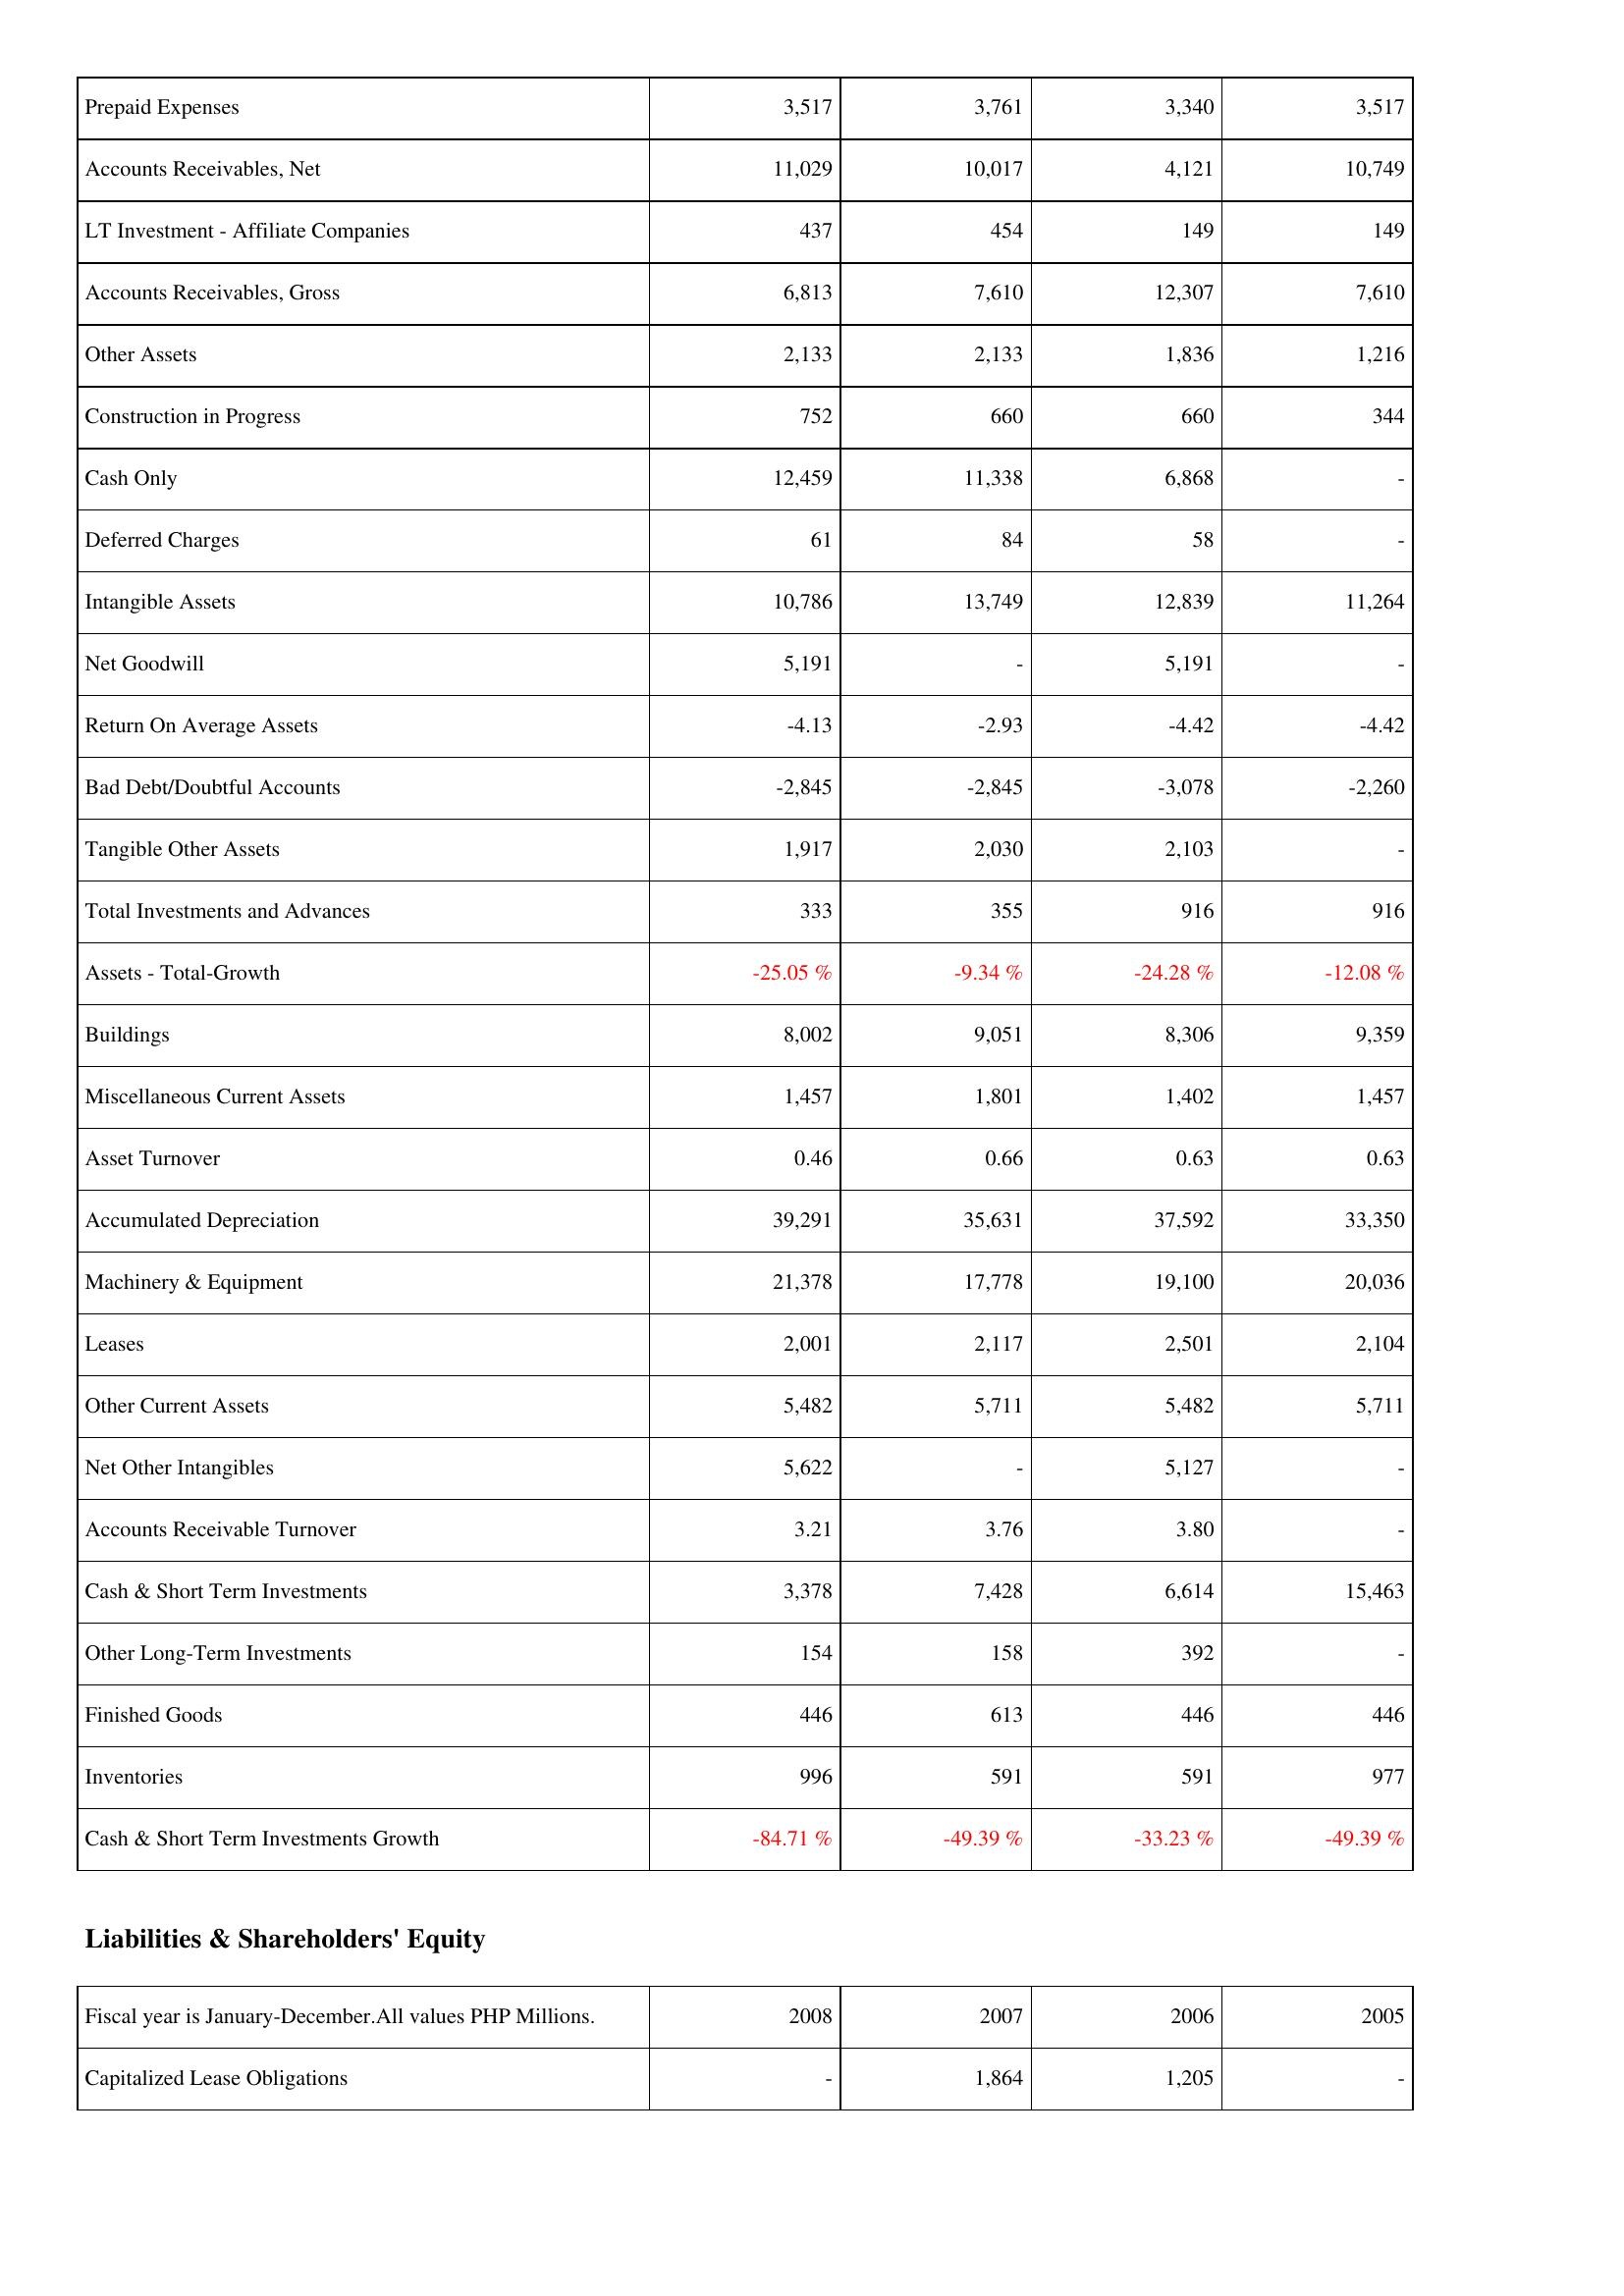
2008: Assets: Prepaid Expenses: 3,517
Accounts Receivables, Net: 11,029
LT Investment - Affiliate Companies: 437
Accounts Receivables, Gross: 6,813
Other Assets: 2,133
Construction in Progress: 752
Cash Only: 12,459
Deferred Charges: 61
Intangible Assets: 10,786
Net Goodwill: 5,191
Return On Average Assets: -4.13
Bad Debt/Doubtful Accounts: -2,845
Tangible Other Assets: 1,917
Total Investments and Advances: 333
Assets - Total-Growth: -25.05 %
Buildings: 8,002
Miscellaneous Current Assets: 1,457
Asset Turnover: 0.46
Accumulated Depreciation: 39,291
Machinery & Equipment: 21,378
Leases: 2,001
Other Current Assets: 5,482
Net Other Intangibles: 5,622
Accounts Receivable Turnover: 3.21
Cash & Short Term Investments: 3,378
Other Long-Term Investments: 154
Finished Goods: 446
Inventories: 996
Cash & Short Term Investments Growth: -84.71 %
Liabilities & Shareholders' Equity: Capitalized Lease Obligations: -
2007: Assets: Prepaid Expenses: 3,761
Accounts Receivables, Net: 10,017
LT Investment - Affiliate Companies: 454
Accounts Receivables, Gross: 7,610
Other Assets: 2,133
Construction in Progress: 660
Cash Only: 11,338
Deferred Charges: 84
Intangible Assets: 13,749
Net Goodwill: -
Return On Average Assets: -2.93
Bad Debt/Doubtful Accounts: -2,845
Tangible Other Assets: 2,030
Total Investments and Advances: 355
Assets - Total-Growth: -9.34 %
Buildings: 9,051
Miscellaneous Current Assets: 1,801
Asset Turnover: 0.66
Accumulated Depreciation: 35,631
Machinery & Equipment: 17,778
Leases: 2,117
Other Current Assets: 5,711
Net Other Intangibles: -
Accounts Receivable Turnover: 3.76
Cash & Short Term Investments: 7,428
Other Long-Term Investments: 158
Finished Goods: 613
Inventories: 591
Cash & Short Term Investments Growth: -49.39 %
Liabilities & Shareholders' Equity: Capitalized Lease Obligations: 1,864
2006: Assets: Prepaid Expenses: 3,340
Accounts Receivables, Net: 4,121
LT Investment - Affiliate Companies: 149
Accounts Receivables, Gross: 12,307
Other Assets: 1,836
Construction in Progress: 660
Cash Only: 6,868
Deferred Charges: 58
Intangible Assets: 12,839
Net Goodwill: 5,191
Return On Average Assets: -4.42
Bad Debt/Doubtful Accounts: -3,078
Tangible Other Assets: 2,103
Total Investments and Advances: 916
Assets - Total-Growth: -24.28 %
Buildings: 8,306
Miscellaneous Current Assets: 1,402
Asset Turnover: 0.63
Accumulated Depreciation: 37,592
Machinery & Equipment: 19,100
Leases: 2,501
Other Current Assets: 5,482
Net Other Intangibles: 5,127
Accounts Receivable Turnover: 3.80
Cash & Short Term Investments: 6,614
Other Long-Term Investments: 392
Finished Goods: 446
Inventories: 591
Cash & Short Term Investments Growth: -33.23 %
Liabilities & Shareholders' Equity: Capitalized Lease Obligations: 1,205
2005: Assets: Prepaid Expenses: 3,517
Accounts Receivables, Net: 10,749
LT Investment - Affiliate Companies: 149
Accounts Receivables, Gross: 7,610
Other Assets: 1,216
Construction in Progress: 344
Cash Only: -
Deferred Charges: -
Intangible Assets: 11,264
Net Goodwill: -
Return On Average Assets: -4.42
Bad Debt/Doubtful Accounts: -2,260
Tangible Other Assets: -
Total Investments and Advances: 916
Assets - Total-Growth: -12.08 %
Buildings: 9,359
Miscellaneous Current Assets: 1,457
Asset Turnover: 0.63
Accumulated Depreciation: 33,350
Machinery & Equipment: 20,036
Leases: 2,104
Other Current Assets: 5,711
Net Other Intangibles: -
Accounts Receivable Turnover: -
Cash & Short Term Investments: 15,463
Other Long-Term Investments: -
Finished Goods: 446
Inventories: 977
Cash & Short Term Investments Growth: -49.39 %
Liabilities & Shareholders' Equity: Capitalized Lease Obligations: -